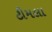
ટીમલા